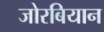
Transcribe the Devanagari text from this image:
जोरबियान